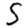
Digit: 5